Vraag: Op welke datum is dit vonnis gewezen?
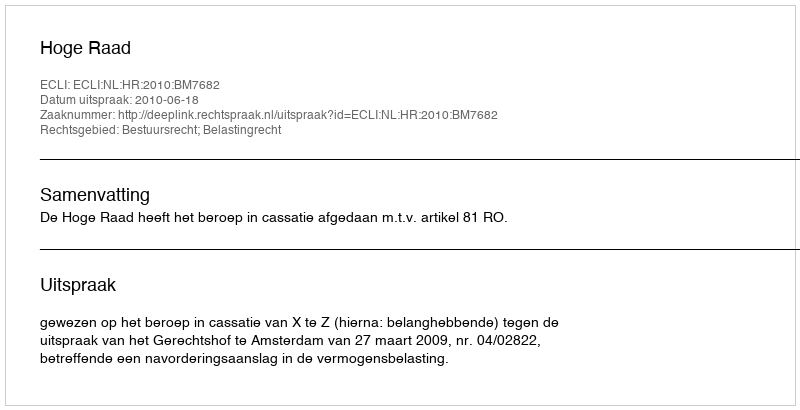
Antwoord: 2010-06-18